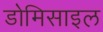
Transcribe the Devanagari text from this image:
डोमिसाइल